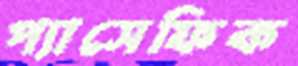
প্যাসেফিক